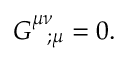
{ \cal G } _ { \; \; \; ; \mu } ^ { \mu \nu } = 0 .